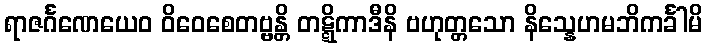
ရာဇင်္ဂဏေယေဝ ဝိဝေစေတဗ္ဗန္တိ တဋ္ဋိကာဒီနိ ဗဟုတ္တသော နိသ္နေဟမဘိကင်္ခါမိ